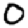
Digit: 0